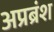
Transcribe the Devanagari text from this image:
अप्रब्रंश